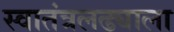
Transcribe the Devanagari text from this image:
स्वातंत्रलढ्याला